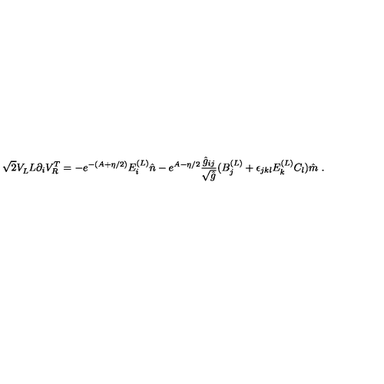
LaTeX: \sqrt { 2 } V _ { L } ^ { \vphantom { T } } L \partial _ { i } V _ { R } ^ { T } = - e ^ { - ( A + \eta / 2 ) } E _ { i } ^ { ( L ) } \hat { n } - e ^ { A - \eta / 2 } { \frac { \hat { g } _ { i j } } { \sqrt { \hat { g } } } } ( B _ { j } ^ { ( L ) } + \epsilon _ { j k l } E _ { k } ^ { ( L ) } C _ { l } ) \hat { m } \ .